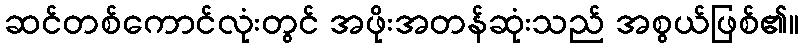
ဆင်တစ်ကောင်လုံးတွင် အဖိုးအတန်ဆုံးသည် အစွယ်ဖြစ်၏။